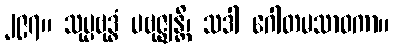
၂၉၇။ သုပ္ပဗုဒ္ဓံ ပဗုဇ္ဈန္တိ၊ သဒါ ဂေါတမသာဝကာ။